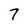
Character: 7